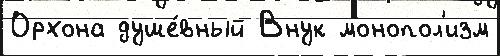
Орхона душе́вный Внук монопол'изм